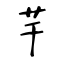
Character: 芉